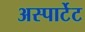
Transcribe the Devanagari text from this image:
अस्पार्टेट